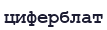
циферблат